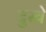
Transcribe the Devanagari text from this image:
दुखे